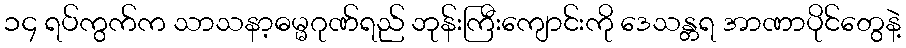
၁၄ ရပ်ကွက်က သာသနာ့ဓမ္မဂုဏ်ရည် ဘုန်းကြီးကျောင်းကို ဒေသန္တရ အာဏာပိုင်တွေနဲ့